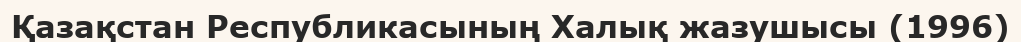
Қазақстан Республикасының Халық жазушысы (1996)